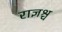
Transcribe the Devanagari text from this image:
राज्ञश्च